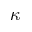
\kappa